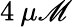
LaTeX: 4\: \mu\mathscr{M}